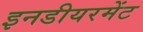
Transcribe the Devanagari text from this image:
इनडीयरमेंट